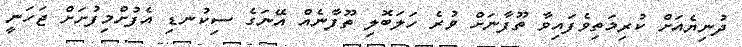
ދުނިޔެއަށް ކުރިމަތިވެފައިވާ ތޫފާނަށް ވުރެ ހަލަބޮލި ތޫފާނެއް އޭނަގެ ސިކުނޑި އެފުށްމިފުށަށް ޖަހަނީ